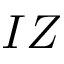
I Z